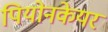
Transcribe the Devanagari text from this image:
पियोनकेयर